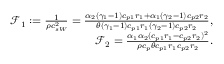
\begin{array} { r } { \mathcal { F } _ { 1 } : = \frac { 1 } { \rho c _ { s W } ^ { 2 } } = \frac { \alpha _ { 2 } ( \gamma _ { 1 } - 1 ) c _ { p 1 } r _ { 1 } + \alpha _ { 1 } ( \gamma _ { 2 } - 1 ) c _ { p 2 } r _ { 2 } } { \theta ( \gamma _ { 1 } - 1 ) c _ { p 1 } r _ { 1 } ( \gamma _ { 2 } - 1 ) c _ { p 2 } r _ { 2 } } , } \\ { \mathcal { F } _ { 2 } = \frac { \alpha _ { 1 } \alpha _ { 2 } ( c _ { p 1 } r _ { 1 } - c _ { p 2 } r _ { 2 } ) ^ { 2 } } { \rho c _ { p } \theta c _ { p 1 } r _ { 1 } c _ { p 2 } r _ { 2 } } . } \end{array}